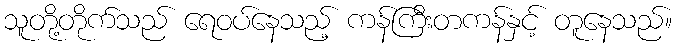
သူတို့တိုက်သည် ရေဝပ်နေသည့် ကန်ကြီးတကန်နှင့် တူနေသည်။